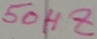
Text: 50HZ